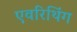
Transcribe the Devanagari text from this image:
एवरिथिंग